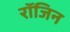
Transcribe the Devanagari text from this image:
रॉजिन